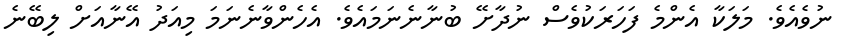
ނުވެއެވެ. މަލަކާ އެންމެ ފަހަރަކުވެސް ނުދާށޭ ބުނާނެނަމައެވެ. އެހެންވާނެނަމަ މިއަދު އޭނާއަށް ލިބޭނެ